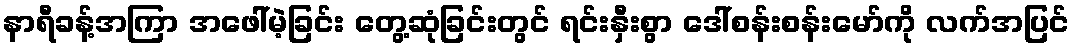
နာရီခန့်အကြာ အဖေါ်မဲ့ခြင်း တွေ့ဆုံခြင်းတွင် ရင်းနှီးစွာ ဒေါ်စန်းစန်းမော်ကို လက်အပြင်